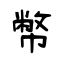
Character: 幣